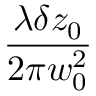
\frac { \lambda \delta z _ { 0 } } { 2 \pi w _ { 0 } ^ { 2 } }